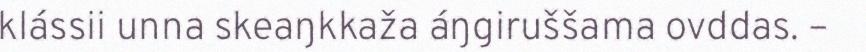
klássii unna skeaŋkkaža áŋgiruššama ovddas. –